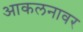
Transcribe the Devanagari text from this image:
आकलनावर